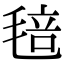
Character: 毰